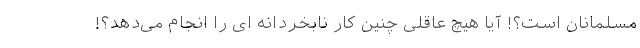
مسلمانان است؟! آیا هیچ عاقلی چنین کار نابخردانه ای را انجام می‌دهد؟!